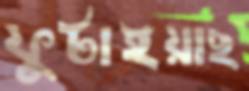
ফুটাইয়াছ